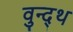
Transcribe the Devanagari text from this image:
वुन्द्थ